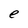
Character: e